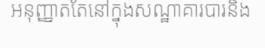
អនុញ្ញាតតែនៅក្នុងសណ្ឋាគារបារនិង